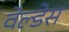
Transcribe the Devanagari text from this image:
वेल्‍डेस